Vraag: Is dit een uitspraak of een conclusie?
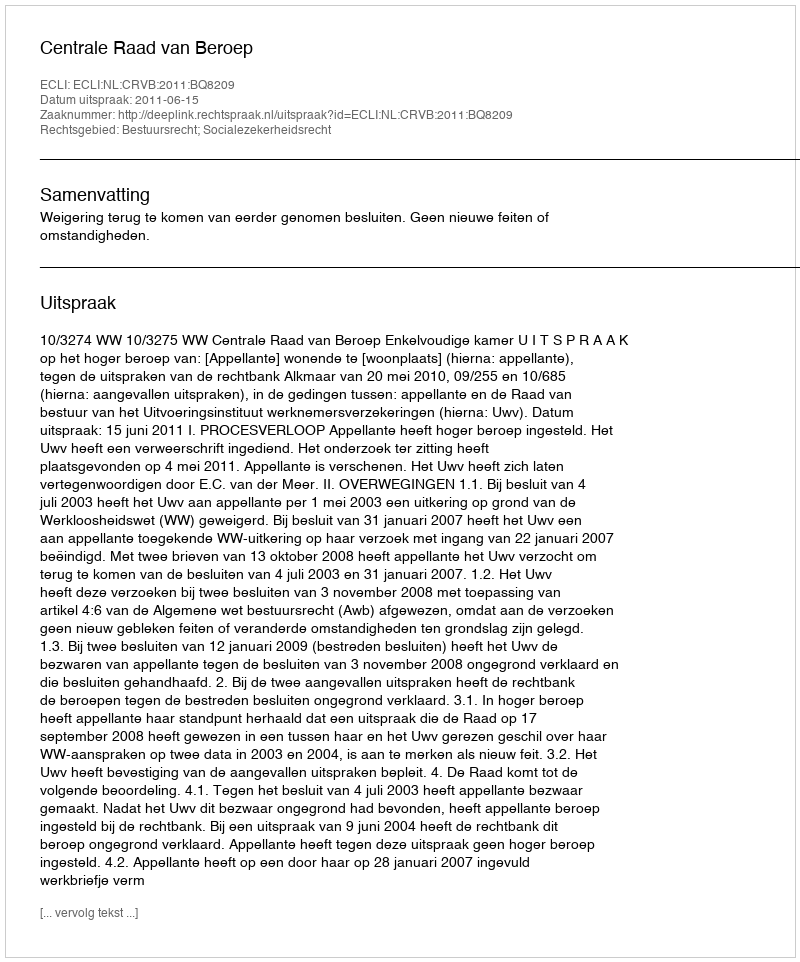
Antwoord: Uitspraak